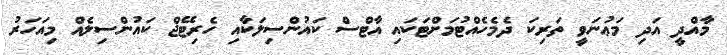
މާއްދީ އަދި މަޢުނަވީ ތަރިކަ ދެމެހެއްޓުމަށްޓަކައި އާޓްސް ކައުންސިލަކާއި ހެރިޓޭޖް ކައުންސިލެއް މިއަހަރު